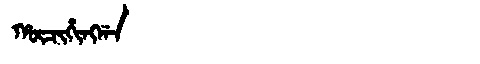
Manchu: ᡥᡡᠴᡳᡥᡳᠩᡤᠠ
Romanization: HŪCIHINGGA